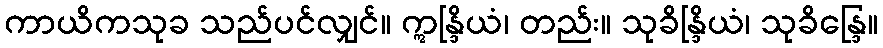
ကာယိကသုခ သည်ပင်လျှင်။ ဣန္ဒြိယံ၊ တည်း။ သုခိန္ဒြိယံ၊ သုခိန္ဒြေ။